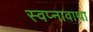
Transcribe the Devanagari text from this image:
स्वप्नावाथा